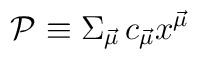
{\cal P} \equiv \Sigma_{\vec \mu} \, c_{\vec \mu} x^{\vec \mu}